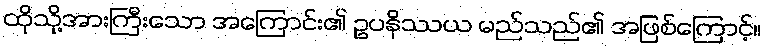
ထိုသို့အားကြီးသော အကြောင်း၏ ဥပနိဿယ မည်သည်၏ အဖြစ်ကြောင့်။